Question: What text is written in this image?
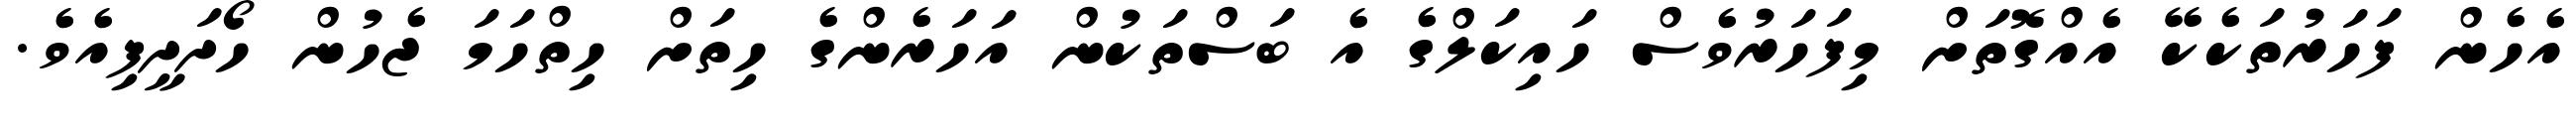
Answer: އެހެން ފަހަރުތަކެކޭ އެއްގޮތަށް މިފަހަރުވެސް ހައިކަލްގެ އެ ބަސްތަކުން އަހަރެންގެ ހިތަށް ހިތްހަމަ ޖެހުން ހޯދަދީފިއެވެ.